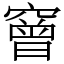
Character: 䆵